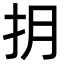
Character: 抈